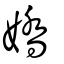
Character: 嬌